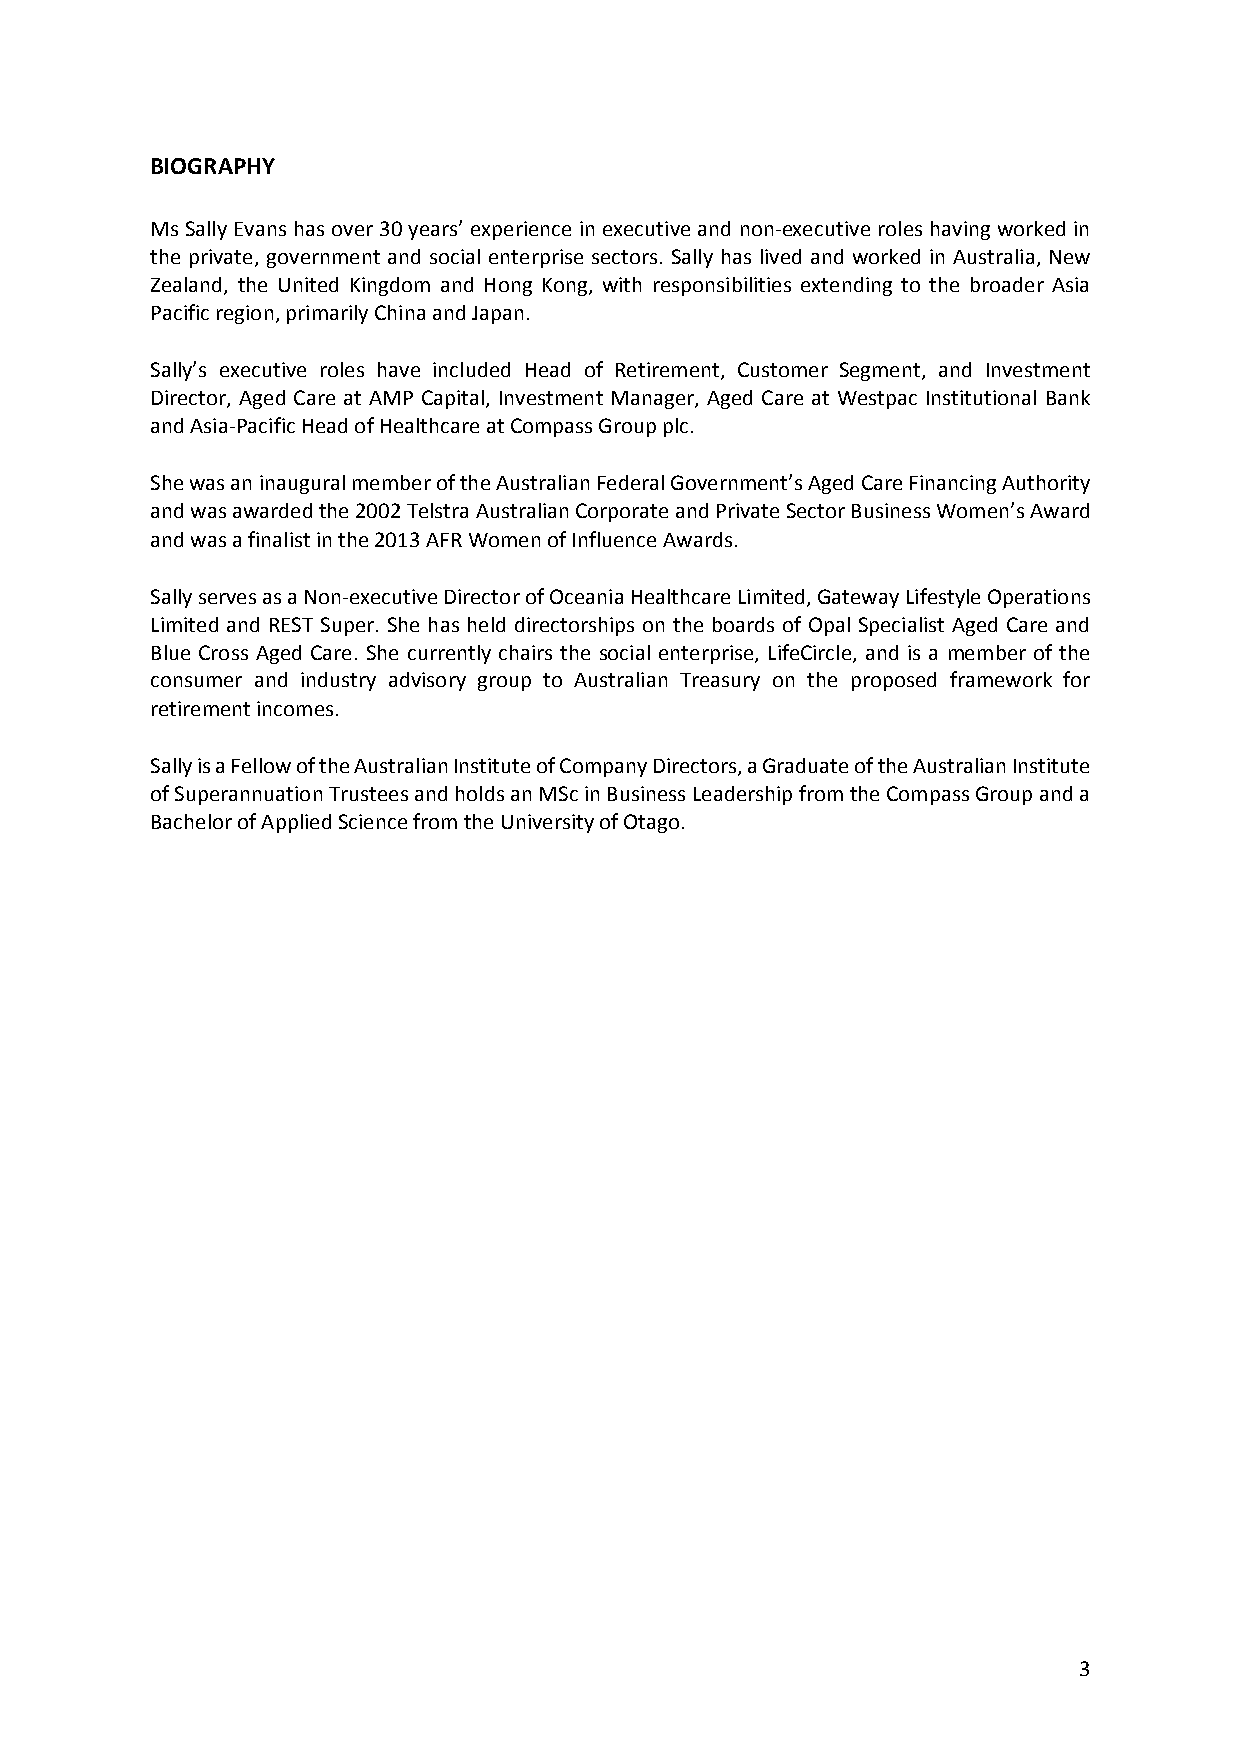
BIOGRAPHY
 Ms Sally Evans has over 30 years’ experience in executive and non‐executive roles having worked in
 the private, government and social enterprise sectors. Sally has lived and worked in Australia, New
 Zealand, the United Kingdom and Hong Kong, with responsibilities extending to the broader Asia
 Pacific region, primarily China and Japan.
 Sally’s executive roles have included Head of Retirement, Customer Segment, and Investment
 Director, Aged Care at AMP Capital, Investment Manager, Aged Care at Westpac Institutional Bank
 and Asia‐Pacific Head of Healthcare at Compass Group plc.
 She was an inaugural member of the Australian Federal Government’s Aged Care Financing Authority
 and was awarded the 2002 Telstra Australian Corporate and Private Sector Business Women’s Award
 and was a finalist in the 2013 AFR Women of Influence Awards.
 Sally serves as a Non‐executive Director of Oceania Healthcare Limited, Gateway Lifestyle Operations
 Limited and REST Super. She has held directorships on the boards of Opal Specialist Aged Care and
 Blue Cross Aged Care. She currently chairs the social enterprise, LifeCircle, and is a member of the
 consumer and industry advisory group to Australian Treasury on the proposed framework for
 retirement incomes.
 Sally is a Fellow of the Australian Institute of Company Directors, a Graduate of the Australian Institute
 of Superannuation Trustees and holds an MSc in Business Leadership from the Compass Group and a
 Bachelor of Applied Science from the University of Otago.
 3